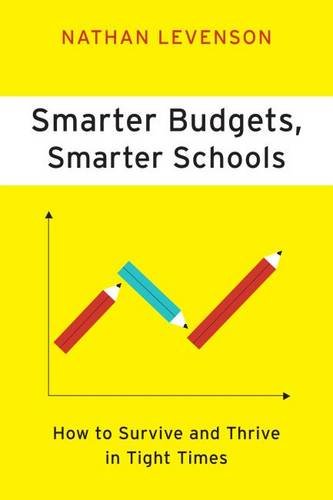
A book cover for Smarter Budgets, Smarter Schools: How To Survive and Thrive in Tight Times; Nathan Levenson; Education & Teaching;